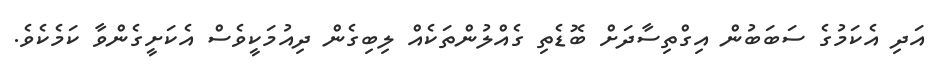
އަދި އެކަމުގެ ސަބަބުން އިގްތިސާދަށް ބޮޑެތި ގެއްލުންތަކެއް ލިބިގެން ދިއުމަކީވެސް އެކަށީގެންވާ ކަމެކެވެ.